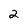
Character: 2